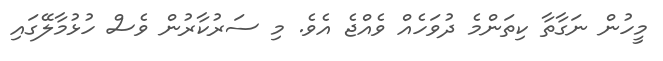
މީހުން ނަގާތާ ކިތަންމެ ދުވަހެއް ވެއްޖެ އެވެ. މި ސަރުކާރުން ވެސް ހުޅުމާލޭގައި